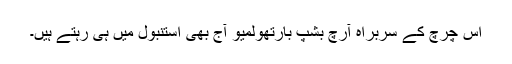
اس چرچ کے سربراہ آرچ بشپ بارتھولمیو آج بھی استنبول میں ہی رہتے ہیں۔